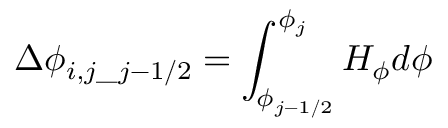
\displaystyle \Delta \phi _ { i , j \_ j - 1 / 2 } = \int _ { \phi _ { j - 1 / 2 } } ^ { \phi _ { j } } H _ { \phi } d \phi